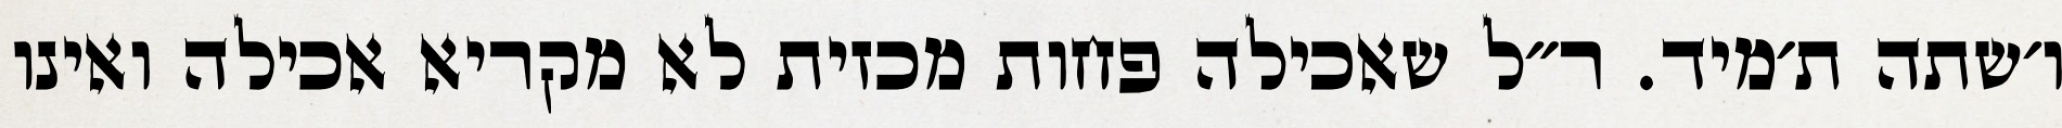
ו׳שתה ת׳מיד. ר״ל שאכילה פחות מכזית לא מקריא אכילה ואינו